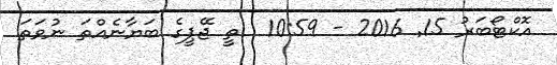
އޮކްޓޯބަރު 15